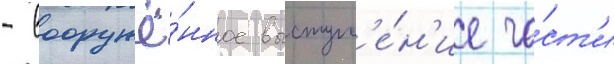
- вооружё́нное выступл'е́н'ие ча́ст'и